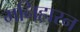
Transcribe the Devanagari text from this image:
मनिहारन